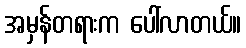
အမှန်တရားက ပေါ်လာတယ်။